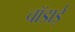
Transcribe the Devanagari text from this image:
चॉडाई